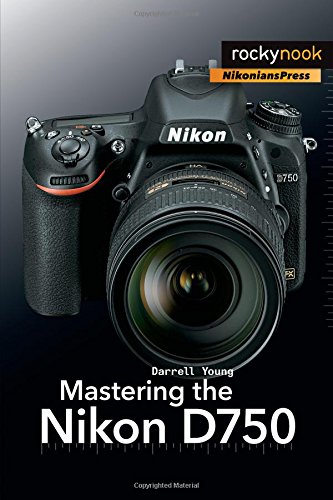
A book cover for Mastering the Nikon D750; Darrell Young; Arts & Photography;